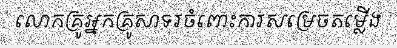
លោកគ្រូអ្នកគ្រូសាទរចំពោះការសម្រេចតម្លើង